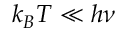
k _ { B } T \ll h \nu